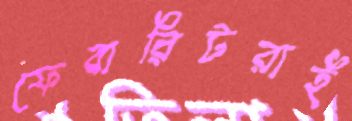
ফেবারিটরাই